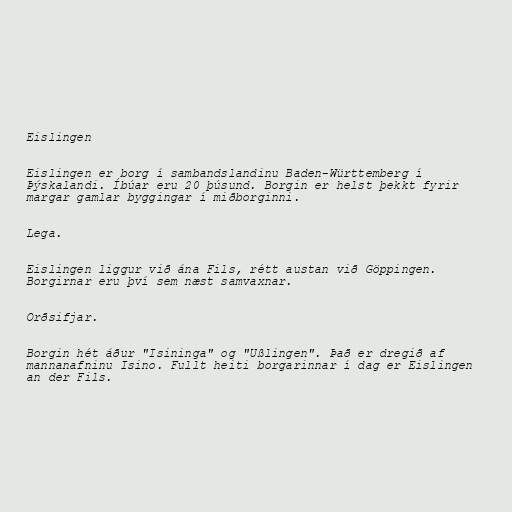
Eislingen

Eislingen er borg í sambandslandinu Baden-Württemberg í
Þýskalandi. Íbúar eru 20 þúsund. Borgin er helst þekkt fyrir
margar gamlar byggingar í miðborginni.

Lega.

Eislingen liggur við ána Fils, rétt austan við Göppingen.
Borgirnar eru því sem næst samvaxnar.

Orðsifjar.

Borgin hét áður "Isininga" og "Ußlingen". Það er dregið af
mannanafninu Isino. Fullt heiti borgarinnar í dag er Eislingen
an der Fils.